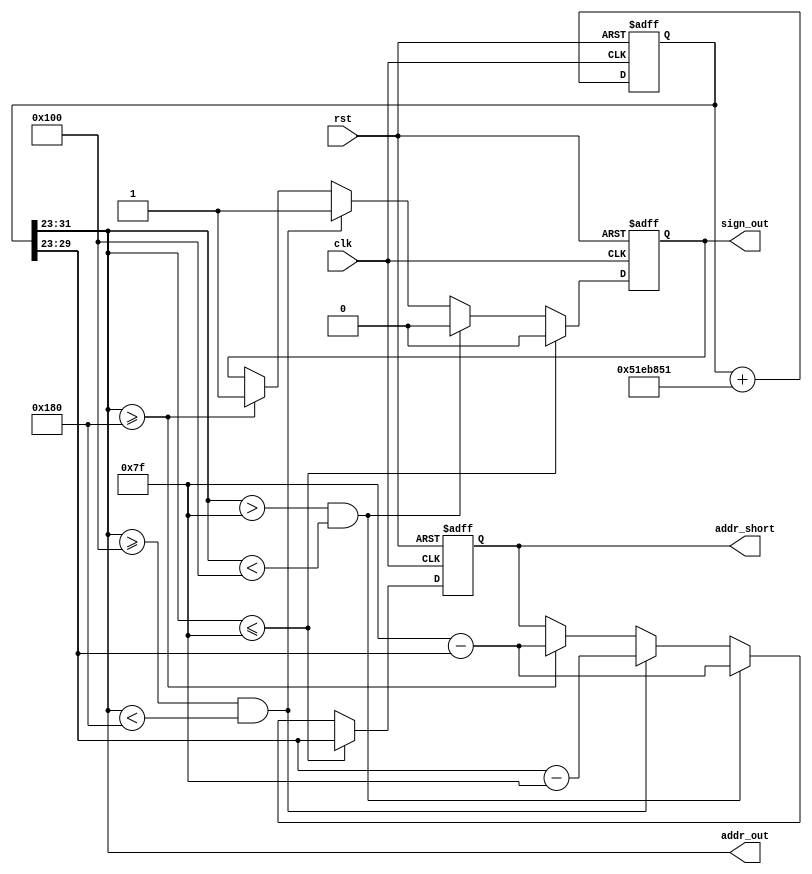
module DDS
         (
         clk,
         rst,
         addr_out,
         addr_short,
         sign_out
         );
/* 
           ------  2020.7.2   
    clk        ------  50M
    rst        ------  
    addr_out   ------  512ROM9
    addr_short ------  128ROM7
    sign_out   ------  1  0
 */
 /* 
     
     1/4
 */
input clk,rst;
output reg sign_out;//
output [8:0] addr_out;
output reg [6:0] addr_short;
reg  [31:0] fct;
parameter K = 85899345; //1M
// Fout = (clk*K)/2^N
always@(posedge clk or negedge rst)
begin
   if(!rst)
        begin
        fct <= 32'd0;
        addr_short <= 7'd0;
        sign_out <=1'b0;
        end      
    else 
        begin
        fct <= fct + K;
        if(fct[31:23]<=8'd127)//
            begin
                addr_short <= fct[29:23];
                sign_out <=1'b0;
            end
        else if(fct[31:23]>9'd127&&fct[31:23]<9'd256)//
                begin
                    addr_short = 8'd255-fct[31:23];
                    sign_out <=1'b0;
                end           
        else if(fct[31:23]>=9'd256&&fct[31:23]<9'd384)//
                begin
                    addr_short = fct[31:23] - 8'd255;
                    sign_out <=1'b1;
                end            
        else if(fct[31:23]>=9'd384)//
                begin
                    addr_short = 9'd511 - fct[31:23];
                    sign_out <=1'b1;
                end
            
        end 
end 

assign addr_out = fct[31:23];
endmodule